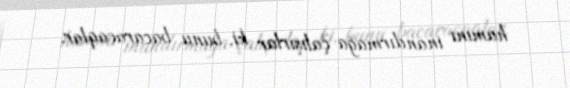
hamını inandırmağa çalışırlar ki, bunu bacaracaqlar.